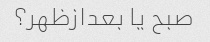
صبح یا بعدازظهر؟